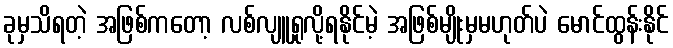
ခုမှသိရတဲ့ အဖြစ်ကတော့ လစ်လျူရှုလို့ရနိုင်မဲ့ အဖြစ်မျိုးမှမဟုတ်ပဲ မောင်ထွန်းနိုင်